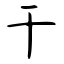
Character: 干